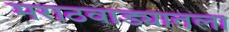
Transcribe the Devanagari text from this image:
मराठवाड्यातला